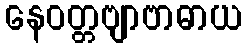
နေဝတ္တဗျာဗာဓာယ